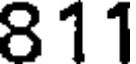
811